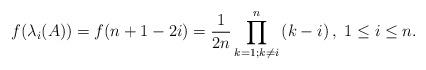
LaTeX: \begin{align*}f(\lambda_i(A))=f(n+1-2i)=\frac{1}{2n} \prod_{k=1 ; k \neq i}^{n}\left(k-i\right), \ 1\leq i\leq n. \end{align*}